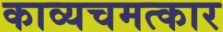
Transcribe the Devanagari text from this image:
काव्यचमत्कार